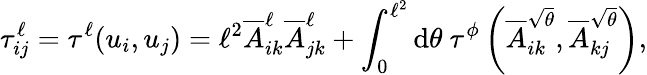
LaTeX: \tau_{ij}^{\ell}=\tau^{\ell}(u_{i},u_{j})=\ell^{2}\overline{{A}}_{ik}^{\ell}\overline{{A}}_{jk}^{\ell}+\int_{0}^{\ell^{2}}\mathrm{d}\theta~\tau^{\phi}\left(\overline{{A}}_{ik}^{\sqrt{\theta}},\overline{{A}}_{kj}^{\sqrt{\theta}}\right),